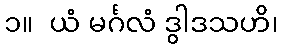
၁။  ယံ မင်္ဂလံ ဒွါဒသဟိ၊